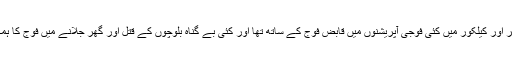
وہ بالگتر اور کیلکور میں کئی فوجی آپریشنوں میں قابض فوج کے ساتھ تھا اور کئی بے گناہ بلوچوں کے قتل اور گھر جلانے میں فوج کا ہمکار تھا۔